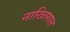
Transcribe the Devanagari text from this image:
नाख्तिगाल